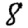
Digit: 8